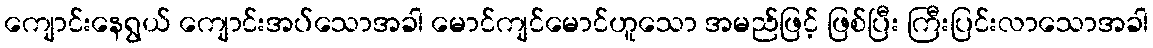
ကျောင်းနေရွယ် ကျောင်းအပ်သောအခါ မောင်ကျင်မောင်ဟူသော အမည်ဖြင့် ဖြစ်ပြီး ကြီးပြင်းလာသောအခါ